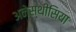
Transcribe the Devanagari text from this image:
अनेस्थीसिया